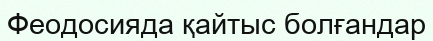
Феодосияда қайтыс болғандар